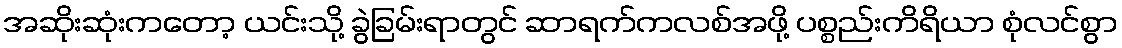
အဆိုးဆုံးကတော့ ယင်းသို့ ခွဲခြမ်းရာတွင် ဆာရက်ကလစ်အဖို့ ပစ္စည်းကိရိယာ စုံလင်စွာ